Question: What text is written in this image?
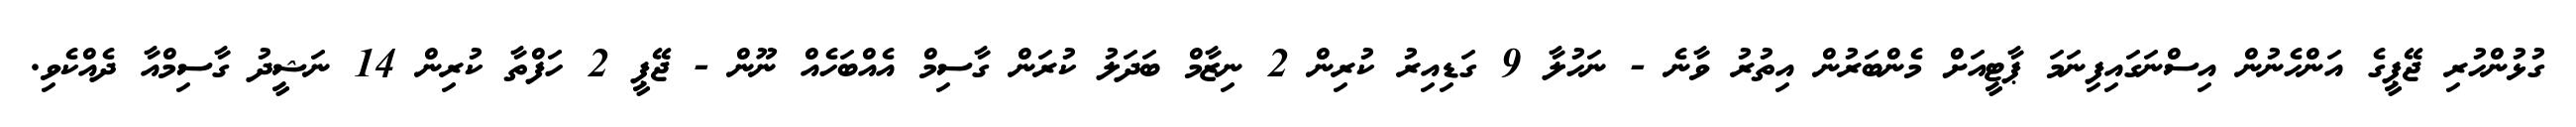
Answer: ގުޅުންހުރި ޖޭޕީގެ އަންހެނުން އިސްނަގައިފިނަމަ ޕާޓީއަށް މެންބަރުން އިތުރު ވާނެ - ނަހުލާ 9 ގަޑިއިރު ކުރިން 2 ނިޒާމް ބަދަލު ކުރަން ގާސިމް އެއްބަހެއް ނޫން - ޖޭޕީ 2 ހަފްތާ ކުރިން 14 ނަޝީދު ގާސިމްއާ ދެއްކެވި.